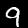
Label: 9